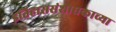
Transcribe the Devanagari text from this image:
इतिहाससंशोधकाच्या